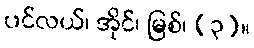
ပင်လယ်၊ အိုင်၊ မြစ်၊ (၃)။